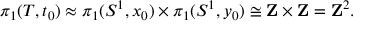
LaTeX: \pi _ { 1 } ( T , t _ { 0 } ) \approx \pi _ { 1 } ( S ^ { 1 } , x _ { 0 } ) \times \pi _ { 1 } ( S ^ { 1 } , y _ { 0 } ) \cong \mathbf { Z } \times \mathbf { Z } = \mathbf { Z } ^ { 2 } .